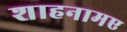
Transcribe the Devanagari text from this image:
शाहनामए